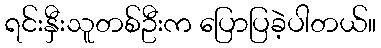
ရင်းနှီးသူတစ်ဦးက ပြောပြခဲ့ပါတယ်။